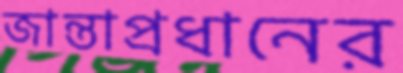
জান্তাপ্রধানের